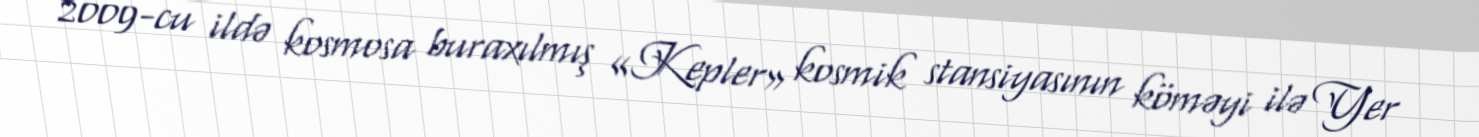
2009-cu ildə kosmosa buraxılmış «Kepler» kosmik stansiyasının köməyi ilə Yer